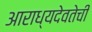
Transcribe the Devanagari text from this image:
आराध्यदेवतेची